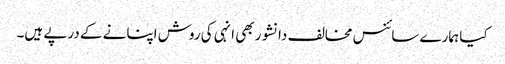
کیا ہمارے سائنس مخالف دانشور بھی انہی کی روش اپنانے کے درپے ہیں۔